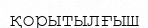
қорытылғыш